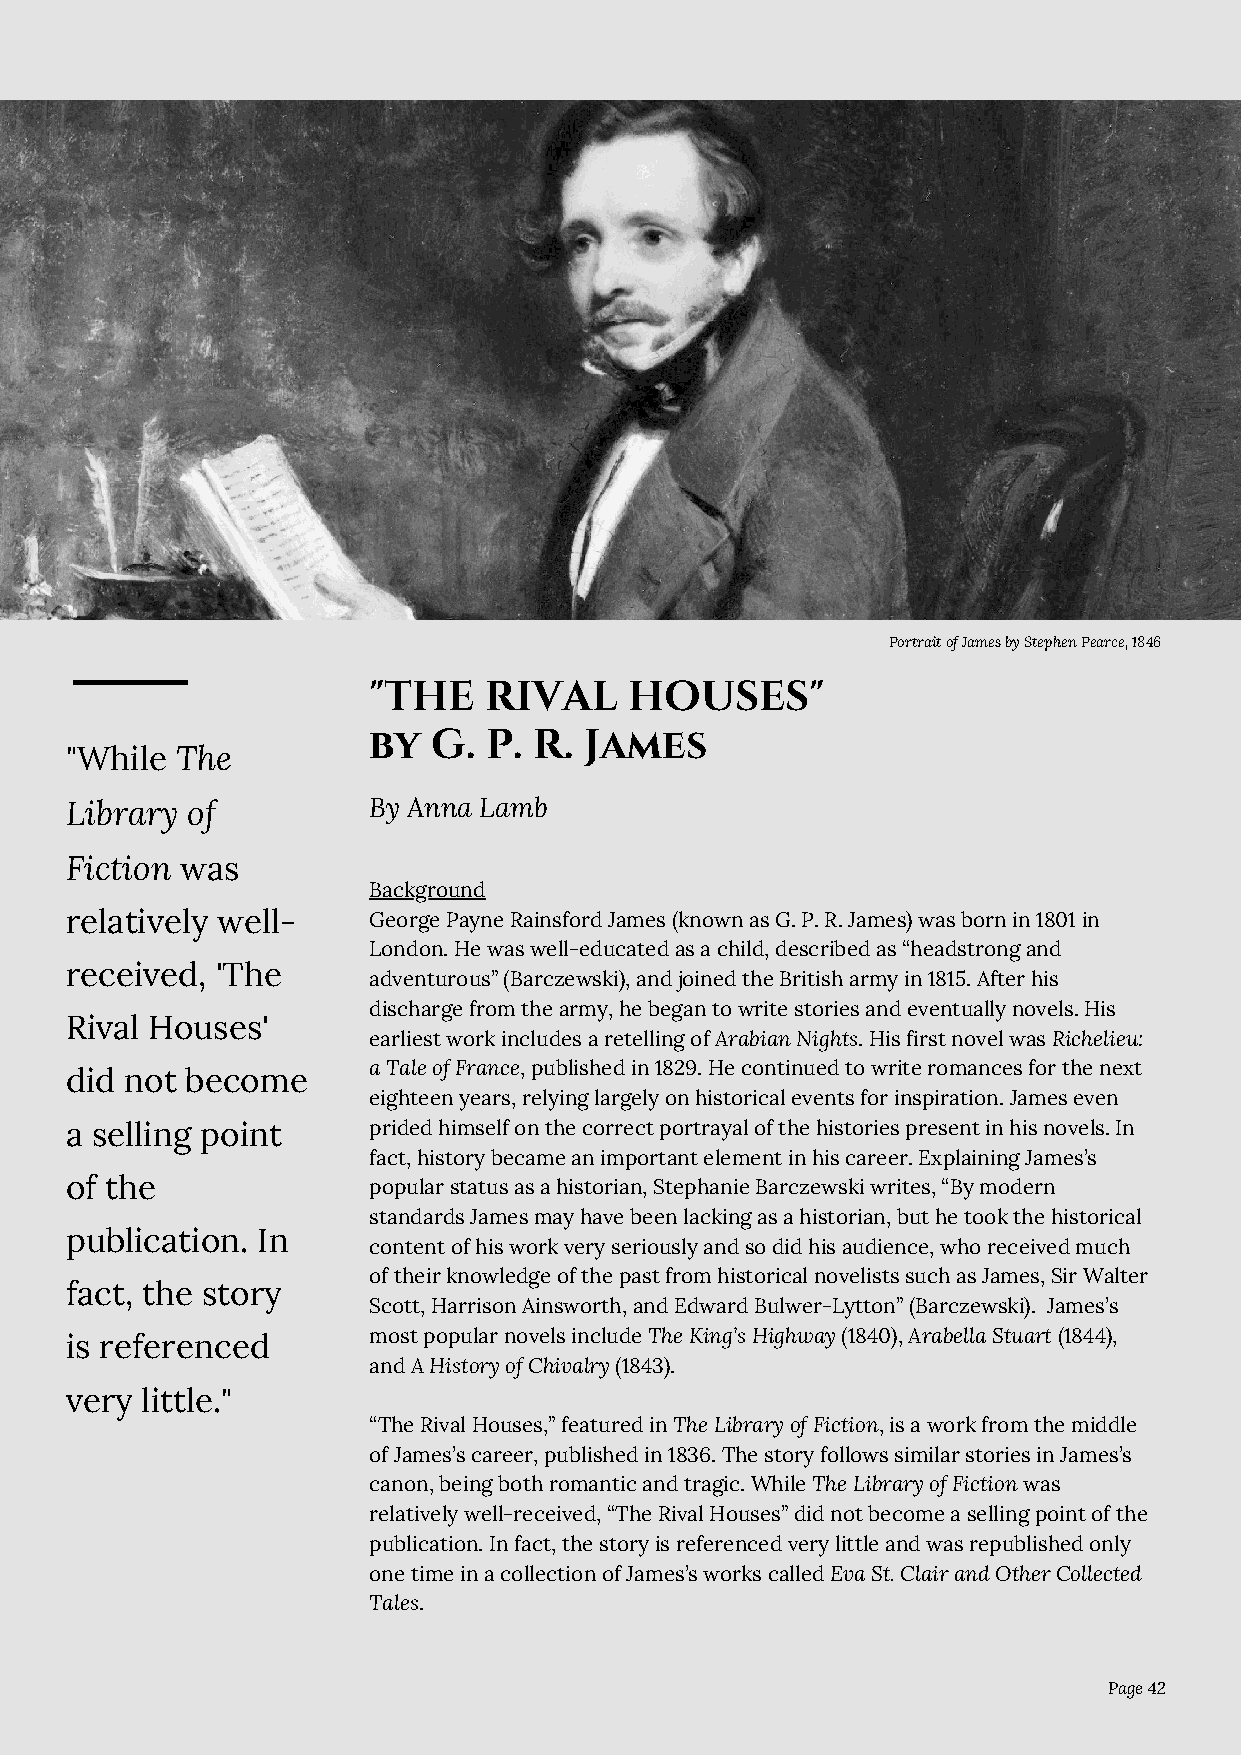
Portrait of James by Stephen Pearce, 1846
 "THE    RIVAL     HOUSES"
 by   G. P. R.  James
 "While  The
 Library of          By Anna Lamb
 Fiction was
 Background
 relatively well-    George Payne Rainsford James (known as G. P. R. James) was born in 1801 in
 London. He was well-educated as a child, described as “headstrong and
 received, 'The
 adventurous” (Barczewski), and joined the British army in 1815. After his
 discharge from the army, he began to write stories and eventually novels. His
 Rival Houses'
 earliest work includes a retelling of Arabian Nights. His first novel was Richelieu:
 a Tale of France, published in 1829. He continued to write romances for the next
 did not become
 eighteen years, relying largely on historical events for inspiration. James even
 a selling point     prided himself on the correct portrayal of the histories present in his novels. In
 fact, history became an important element in his career. Explaining James’s
 of the              popular status as a historian, Stephanie Barczewski writes, “By modern
 standards James may have been lacking as a historian, but he took the historical
 publication. In
 content of his work very seriously and so did his audience, who received much
 of their knowledge of the past from historical novelists such as James, Sir Walter
 fact, the story
 Scott, Harrison Ainsworth, and Edward Bulwer-Lytton” (Barczewski). James’s
 most popular novels include The King’s Highway (1840), Arabella Stuart (1844),
 is referenced
 and A History of Chivalry (1843).
 very little."
 “The Rival Houses,” featured in The Library of Fiction, is a work from the middle
 of James’s career, published in 1836. The story follows similar stories in James’s
 canon, being both romantic and tragic. While The Library of Fiction was
 relatively well-received, “The Rival Houses” did not become a selling point of the
 publication. In fact, the story is referenced very little and was republished only
 one time in a collection of James’s works called Eva St. Clair and Other Collected
 Tales.
 Page 42